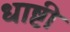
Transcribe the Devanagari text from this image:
धाष्टी